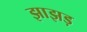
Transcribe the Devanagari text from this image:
झाझड़